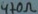
Text: 470Ω